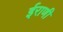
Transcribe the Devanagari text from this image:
ईराणी